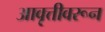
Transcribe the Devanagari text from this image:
आवृत्तीवरून